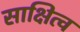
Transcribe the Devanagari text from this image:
साक्षित्व